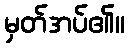
မှတ်အပ်၏။